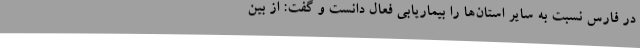
در فارس نسبت به سایر استان‌ها را بیماریابی فعال دانست و گفت: از بین